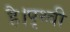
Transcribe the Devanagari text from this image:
है।पृथ्वी